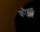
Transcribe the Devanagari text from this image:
कौबक